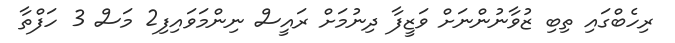
ރިހެބްގައި ތިބި ޒުވާނުންނަށް ވަޒީފާ ދިނުމަށް ރައީސް ނިންމަވައިފި2 މަސް 3 ހަފްތާ